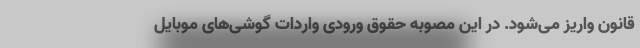
قانون واریز می‌شود. در این مصوبه حقوق ورودی واردات گوشی‌های موبایل